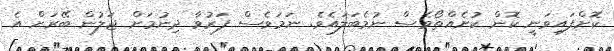
ކޮށްފައިވަނީ ކޮން ކުށެއްތޯވެސް ނުމެބަލައެވެ. ނަމަވެސް ފަރުވާ ދިނުމަށް ޖަލުން ބޭރަށް އެ